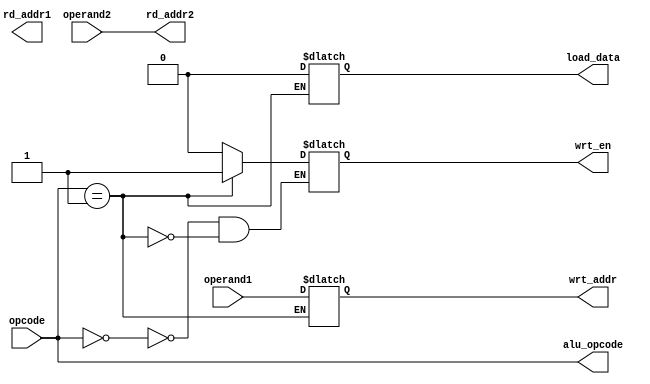
module FSM_DECO(opcode, operand1, operand2, wrt_addr, wrt_en, load_data, rd_addr1, rd_addr2, alu_opcode);
  parameter size = 4;
  input [size-2:0] opcode;
  input [1:0] operand1, operand2;
  output reg [size-2:0] alu_opcode;
  output reg [1:0] wrt_addr, rd_addr1, rd_addr2;
  output reg wrt_en, load_data;
  
  
  always @(opcode)
  begin
    alu_opcode = opcode;
    rd_addr2 = operand2;
    case(opcode)
      3'b000: wrt_en = 0;
      001: begin
            wrt_addr = operand1;
            wrt_en = 1;
            load_data = 0;
          end
      010: begin
            rd_addr1 = operand1;
            wrt_addr = operand1;
            wrt_en = 1;
            load_data = 0;
          end 
      011: begin
            rd_addr1 = operand1;
            wrt_addr = operand1;
            wrt_en = 1;
            load_data = 0;
          end 
      100: begin
            wrt_addr = operand1;
            wrt_en = 1;
            load_data = 1;
          end
      101: begin
            rd_addr1 = operand1;
            wrt_en = 0;
          end
      110: begin
            rd_addr1 = operand1;
            rd_addr2 = operand2;
            wrt_addr = operand1;
            wrt_en = 1;
            load_data = 0;
          end
      111: begin
            rd_addr1 = operand2;
            wrt_addr = operand1;
            wrt_en = 1;
            load_data = 0;
          end
    endcase
  end
endmodule